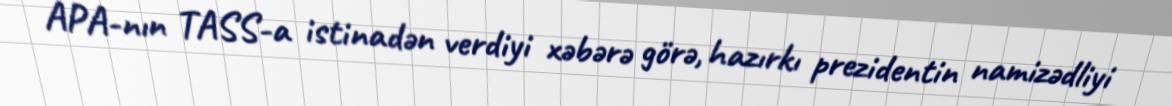
APA-nın TASS-a istinadən verdiyi xəbərə görə, hazırkı prezidentin namizədliyi